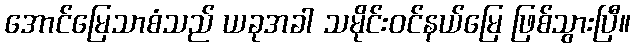
အောင်မြေသာစံသည် ယခုအခါ သမိုင်းဝင်နယ်မြေ ဖြစ်သွားပြီ။